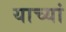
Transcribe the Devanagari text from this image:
याच्यां